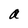
Character: a